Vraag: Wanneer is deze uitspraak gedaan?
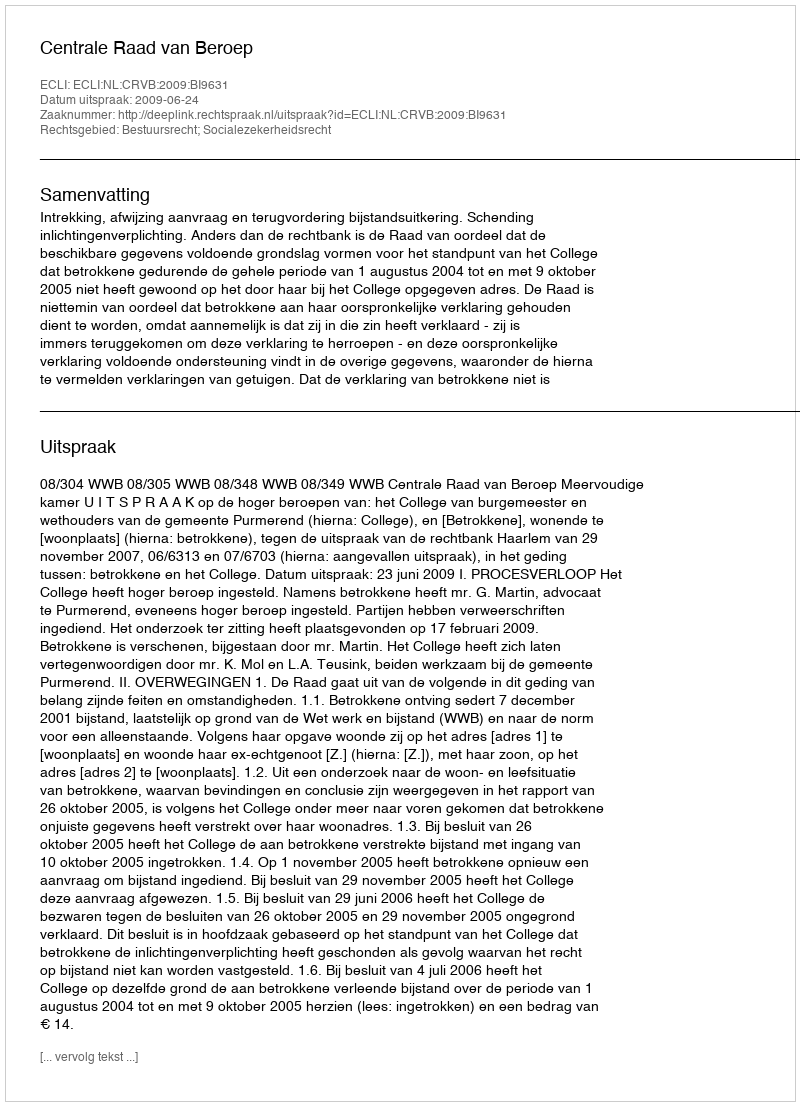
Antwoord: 2009-06-24